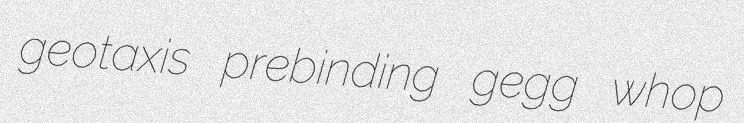
geotaxis prebinding gegg whop